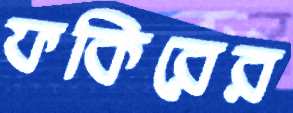
ফকিরের